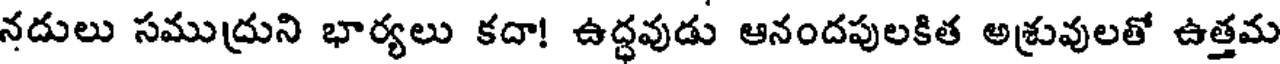
నదులు సముద్రుని భార్యలు కదా! ఉద్ధవుడు ఆనందపులకిత అశ్రువులతో ఉత్తమ